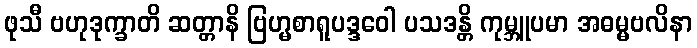
ဖုသီ ဗဟုဒုက္ခာတိ ဆတ္တာနိ ဗြဟ္မစာရူပဒ္ဒဝေါ ပသဒန္တိ ကုမ္ဘူပမာ အဓမ္မဗလိနာ